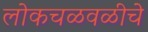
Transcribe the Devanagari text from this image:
लोकचळवळीचे